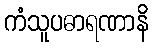
ကံသူပဓာရဏာနိ